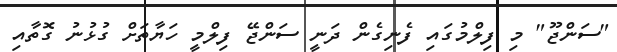
"ސަންޖޫ" މި ފިލްމުގައި ފެނިގެން ދަނީ ސަންޖޭ ފިލްމީ ހަޔާތަށް ގުޅުނު ގޮތާއި